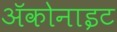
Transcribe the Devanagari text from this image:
ॲकोनाइट